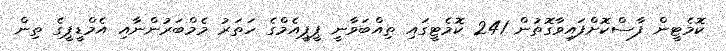
ކޮމެޓީން ފާސްކޮށްފައިވާގޮތުން 241 ކޮމެޓީގައި ތިއްބަވާނީ ޕީޕީއެމްގެ ހަތަރު މެމްބަރުންނާއި އެމްޑީޕީގެ ތިން